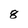
Character: 8